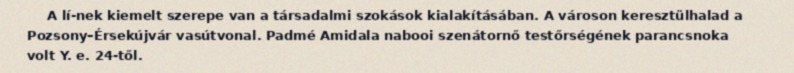
A lí-nek kiemelt szerepe van a társadalmi szokások kialakításában. A városon keresztülhalad a Pozsony–Érsekújvár vasútvonal. Padmé Amidala nabooi szenátornő testőrségének parancsnoka volt Y. e. 24-től.